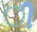
ી